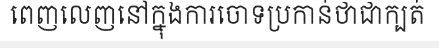
ពេញលេញនៅក្នុងការចោទប្រកាន់ថាជាក្បត់